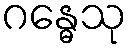
ဂန္ဓေသု